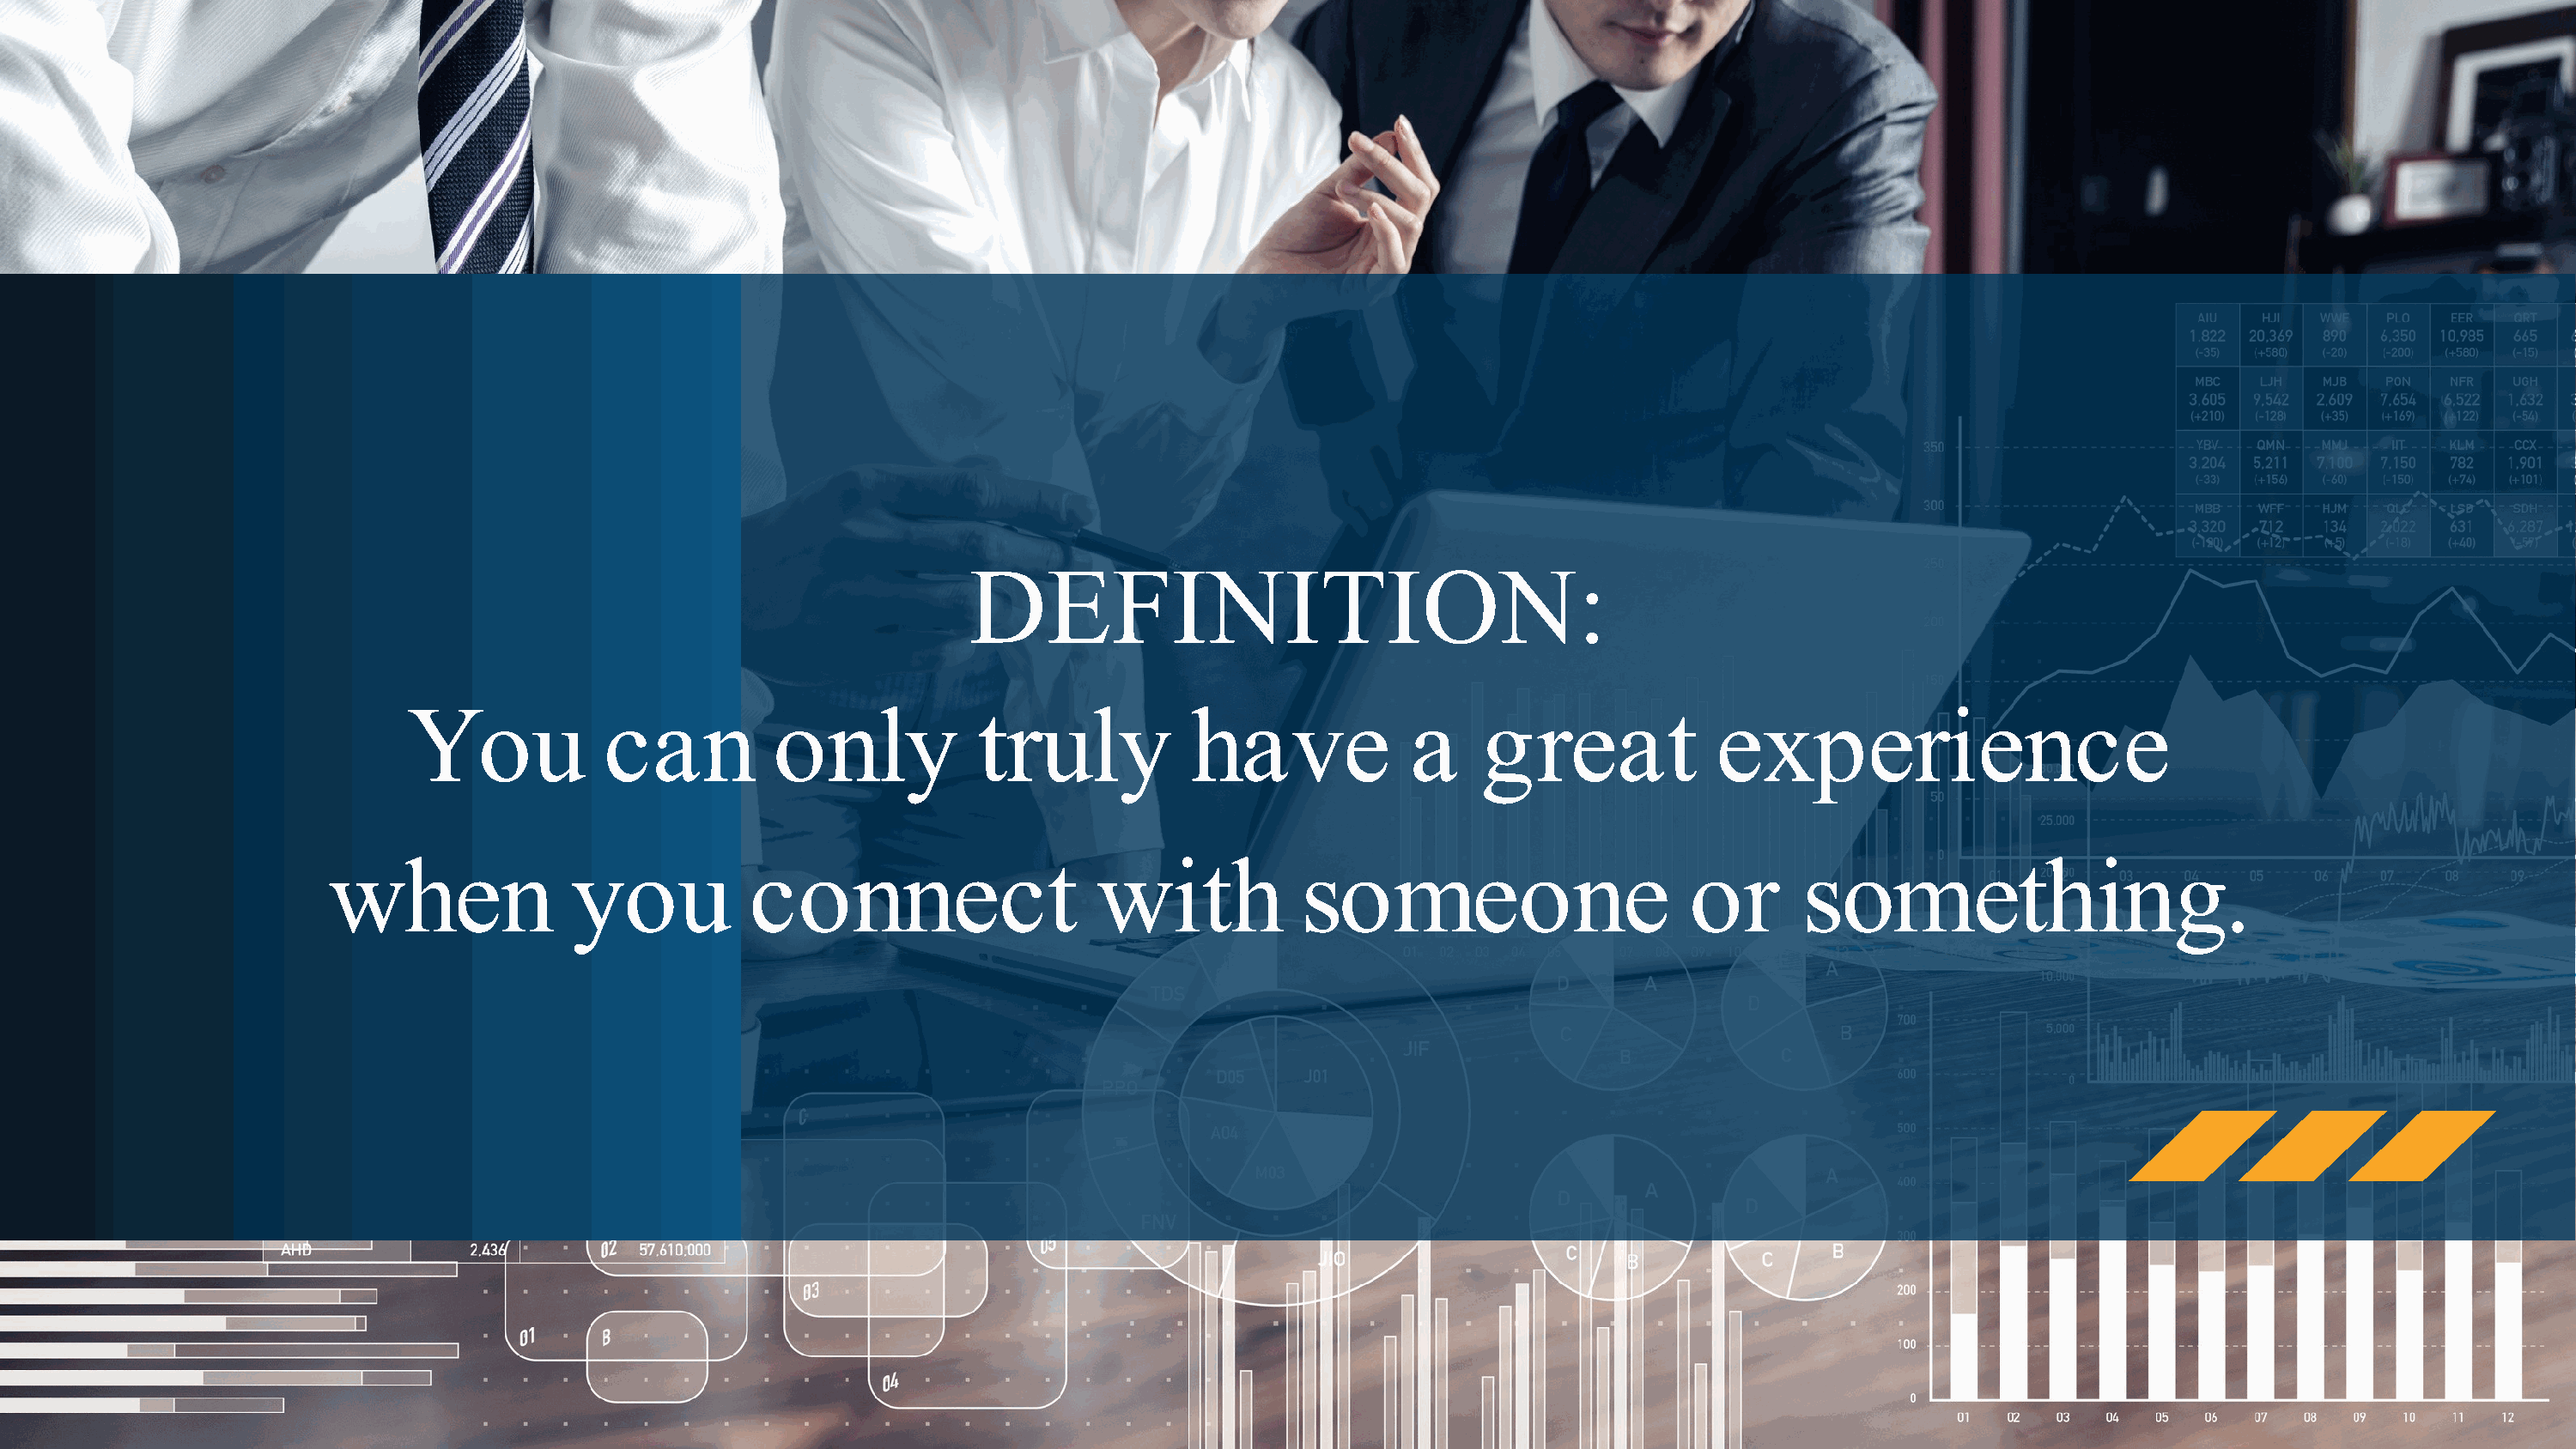
DEFINITION:
 You             can          only           truly            have             a    great             experience
 when               you           connect                    with           someone                       or       something.